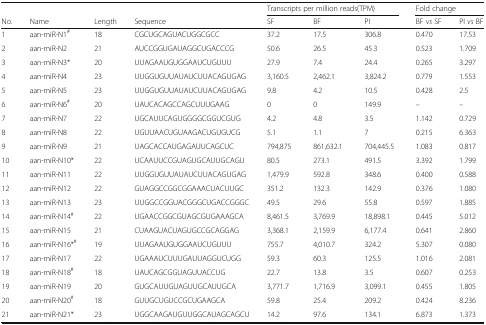
<table><thead><tr><td></td><td></td><td></td><td></td><td colspan="3"><b>Transcripts per million reads(TPM)</b></td><td colspan="2"><b>Fold change</b></td></tr><tr><td><b>No.</b></td><td><b>Name</b></td><td><b>Length</b></td><td><b>Sequence</b></td><td><b>SF</b></td><td><b>BF</b></td><td><b>PI</b></td><td><b>BF <i>vs</i> SF</b></td><td><b>PI <i>vs</i> BF</b></td></tr></thead><tbody><tr><td>1</td><td>aan-miR-N1<sup>#</sup></td><td>18</td><td>CGCUGCAGUACUGGCGCC</td><td>37.2</td><td>17.5</td><td>306.8</td><td>0.470</td><td>17.53</td></tr><tr><td>2</td><td>aan-miR-N2</td><td>21</td><td>AUCCGGUGAUAGGCUGACCCG</td><td>50.6</td><td>26.5</td><td>45.3</td><td>0.523</td><td>1.709</td></tr><tr><td>3</td><td>aan-miR-N3*</td><td>20</td><td>UUAGAAUGUGGAAUCUGUUU</td><td>27.9</td><td>7.4</td><td>24.4</td><td>0.265</td><td>3.297</td></tr><tr><td>4</td><td>aan-miR-N4</td><td>23</td><td>UUGGUGUUAUAUCUUACAGUGAG</td><td>3,160.5</td><td>2,462.1</td><td>3,824.2</td><td>0.779</td><td>1.553</td></tr><tr><td>5</td><td>aan-miR-N5</td><td>23</td><td>UUGGUGUUAUAUCUUACAGUGAG</td><td>9.8</td><td>4.2</td><td>10.5</td><td>0.428</td><td>2.5</td></tr><tr><td>6</td><td>aan-miR-N6<sup>#</sup></td><td>20</td><td>UAUCACAGCCAGCUUUGAAG</td><td>0</td><td>0</td><td>149.9</td><td>–</td><td>–</td></tr><tr><td>7</td><td>aan-miR-N7</td><td>22</td><td>UGCAUUCAGUGGGGCGGUCGUG</td><td>4.2</td><td>4.8</td><td>3.5</td><td>1.142</td><td>0.729</td></tr><tr><td>8</td><td>aan-miR-N8</td><td>22</td><td>UGUUAACUGUAAGACUGUGUCG</td><td>5.1</td><td>1.1</td><td>7</td><td>0.215</td><td>6.363</td></tr><tr><td>9</td><td>aan-miR-N9</td><td>21</td><td>UAGCACCAUGAGAUUCAGCUC</td><td>794,875</td><td>861,632.1</td><td>704,445.5</td><td>1.083</td><td>0.817</td></tr><tr><td>10</td><td>aan-miR-N10*</td><td>22</td><td>UCAAUUCCGUAGUGCAUUGCAGU</td><td>80.5</td><td>273.1</td><td>491.5</td><td>3.392</td><td>1.799</td></tr><tr><td>11</td><td>aan-miR-N11</td><td>22</td><td>UUGGUGUUAUAUCUUACAGUGAG</td><td>1,479.9</td><td>592.8</td><td>348.6</td><td>0.400</td><td>0.588</td></tr><tr><td>12</td><td>aan-miR-N12</td><td>22</td><td>GUAGGCCGGCGGAAACUACUUGC</td><td>351.2</td><td>132.3</td><td>142.9</td><td>0.376</td><td>1.080</td></tr><tr><td>13</td><td>aan-miR-N13</td><td>23</td><td>UUGGCCGGUACGGGCUGACCGGGC</td><td>49.5</td><td>29.6</td><td>55.8</td><td>0.597</td><td>1.885</td></tr><tr><td>14</td><td>aan-miR-N14<sup>#</sup></td><td>22</td><td>UGAACCGGCGUAGCGUGAAAGCA</td><td>8,461.5</td><td>3,769.9</td><td>18,898.1</td><td>0.445</td><td>5.012</td></tr><tr><td>15</td><td>aan-miR-N15</td><td>21</td><td>CUAAGUACUAGUGCCGCAGGAG</td><td>3,368.1</td><td>2,159.9</td><td>6,177.4</td><td>0.641</td><td>2.860</td></tr><tr><td>16</td><td>aan-miR-N16*<sup>#</sup></td><td>19</td><td>UUAGAAUGUGGAAUCUGUUU</td><td>755.7</td><td>4,010.7</td><td>324.2</td><td>5.307</td><td>0.080</td></tr><tr><td>17</td><td>aan-miR-N17</td><td>22</td><td>UGAAAUCUUUGAUUAGGUCUGG</td><td>59.3</td><td>60.3</td><td>125.5</td><td>1.016</td><td>2.081</td></tr><tr><td>18</td><td>aan-miR-N18<sup>#</sup></td><td>18</td><td>UAUCAGCGGUAGUUACCUG</td><td>22.7</td><td>13.8</td><td>3.5</td><td>0.607</td><td>0.253</td></tr><tr><td>19</td><td>aan-miR-N19</td><td>20</td><td>GUGCAUUGUAGUUGCAUUGCA</td><td>3,771.7</td><td>1,716.9</td><td>3,099.1</td><td>0.455</td><td>1.805</td></tr><tr><td>20</td><td>aan-miR-N20<sup>#</sup></td><td>18</td><td>GUUGCUGUCCGCUGAAGCA</td><td>59.8</td><td>25.4</td><td>209.2</td><td>0.424</td><td>8.236</td></tr><tr><td>21</td><td>aan-miR-N21*</td><td>23</td><td>UGGCAAGAUGUUGGCAUAGCAGCU</td><td>14.2</td><td>97.6</td><td>134.1</td><td>6.873</td><td>1.373</td></tr></tbody></table>